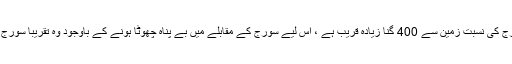
دوسری جانب چاند، سورج کی نسبت زمین سے 400 گنا زیادہ قریب ہے ، اس لیے سورج کے مقابلے میں بے پناہ چھوٹا ہونے کے باوجود وہ تقریباً سورج جتنا ہی دکھائی دیتا ہے۔